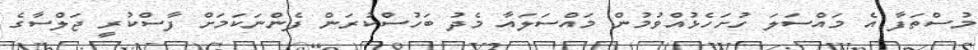
މުސްތަފާ އެ މައްސަލަ ހުށަހެޅުއްވުމުން މައްސަލައާ މެދު ބަހުސްކުރަން ފެންނަކަމަށް ފާސްކުރީ ޖަލްސާގެ